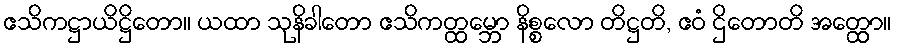
ဧသိကဋ္ဌာယိဋ္ဌိတော။ ယထာ သုနိခါတော ဧသိကတ္ထမ္ဘော နိစ္စလော တိဋ္ဌတိ, ဧဝံ ဌိတောတိ အတ္ထော။